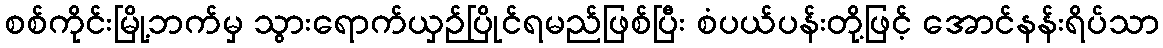
စစ်ကိုင်းမြို့ဘက်မှ သွားရောက်ယှဉ်ပြိုင်ရမည်ဖြစ်ပြီး စံပယ်ပန်းတို့ဖြင့် အောင်နန်းရိပ်သာ